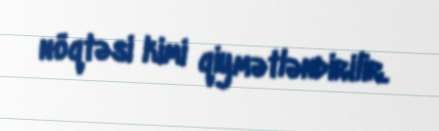
nöqtəsi kimi qiymətləndirilir.